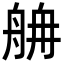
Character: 𦨸